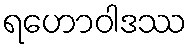
ရဟောဝါဒဿ